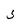
Character: 5